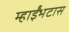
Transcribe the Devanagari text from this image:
म्हाईंभटास